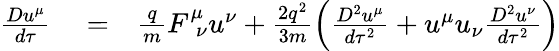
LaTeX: \begin{array}{rlr}{\frac{Du^{\mu}}{d\tau}}&{{}=}&{\frac{q}{m}F_{\ \ \nu}^{\mu}u^{\nu}+\frac{2q^{2}}{3m}\left(\frac{D^{2}u^{\mu}}{d\tau^{2}}+u^{\mu}u_{\nu}\frac{D^{2}u^{\nu}}{d\tau^{2}}\right)}\end{array}